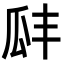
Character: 𤫬